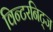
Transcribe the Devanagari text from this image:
विन्टरनिट्ज